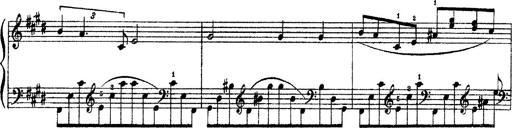
Title: 3 sonetti di Petrarca
Composer: Franz Liszt